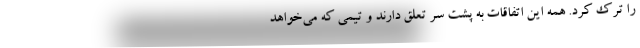
را ترک کرد. همه این اتفاقات به پشت سر تعلق دارند و تیمی که می‌خواهد